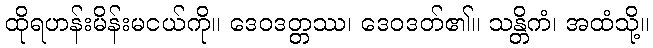
ထိုရဟန်းမိန်းမငယ်ကို။ ဒေဝဒတ္တဿ၊ ဒေဝဒတ်၏။ သန္တိကံ၊ အထံသို့။